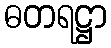
ဓတရဋ္ဌာ